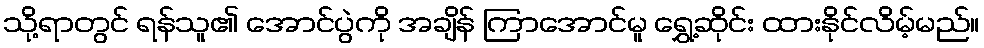
သို့ရာတွင် ရန်သူ၏ အောင်ပွဲကို အချိန် ကြာအောင်မူ ရွှေ့ဆိုင်း ထားနိုင်လိမ့်မည်။